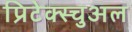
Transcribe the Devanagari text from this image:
प्रिटेक्स्चुअल